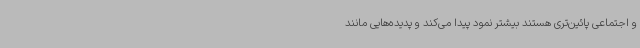
و اجتماعی پائین‌تری هستند بیشتر نمود پیدا می‌کند و پدیده‌هایی مانند